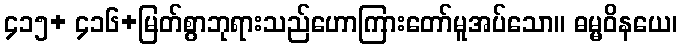
၄၁၅+ ၄၁၆+မြတ်စွာဘုရားသည်ဟောကြားတော်မူအပ်သော။ ဓမ္မဝိနယေ၊